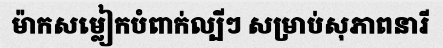
ម៉ាកសម្លៀកបំពាក់ល្បីៗ សម្រាប់សុភាពនារី